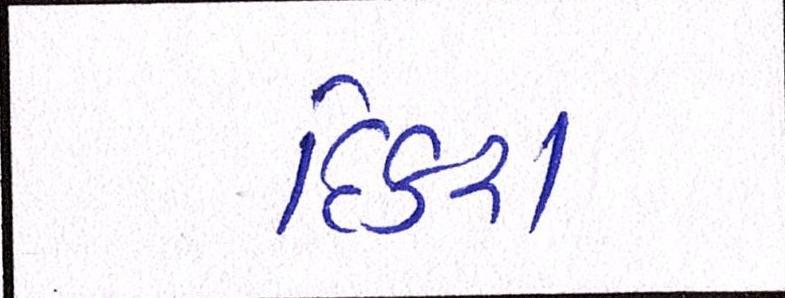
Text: દિકરા